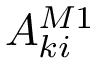
A _ { k i } ^ { M 1 }